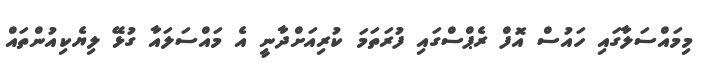
މިމައްސަލާގައި ހައުސް އޮފް ރެޕްސްގައި ފުރަތަމަ ކުރިއަށްދާނީ އެ މައްސަލައާ ގުޅޭ ލިޔެކިއުންތައް